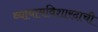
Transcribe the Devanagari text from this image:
व्यायामविशारदाची